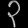
Digit: ၃